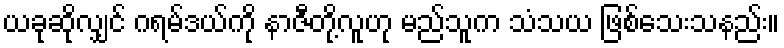
ယခုဆိုလျှင် ဂရမ်ဒယ်ကို နာဇီတို့လူဟု မည်သူက သံသယ ဖြစ်သေးသနည်း။